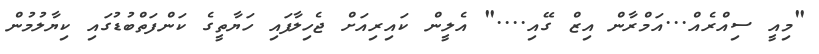
"މިއީ ސިއްރެއް...އަމްރާން އިޒް ގޭއި...." އެލީން ކައިރިއަށް ޖެހިލާފައި ހަޔާތީގެ ކަންފަތްބުޑުގައި ކިޔާލުމުން